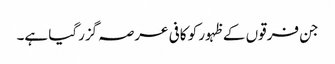
جن فرقوں کے ظہور کو کافی عرصہ گزرگیا ہے۔